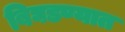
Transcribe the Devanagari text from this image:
बिघडण्यात